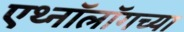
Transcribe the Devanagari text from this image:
एथ्नॉलॉगच्या